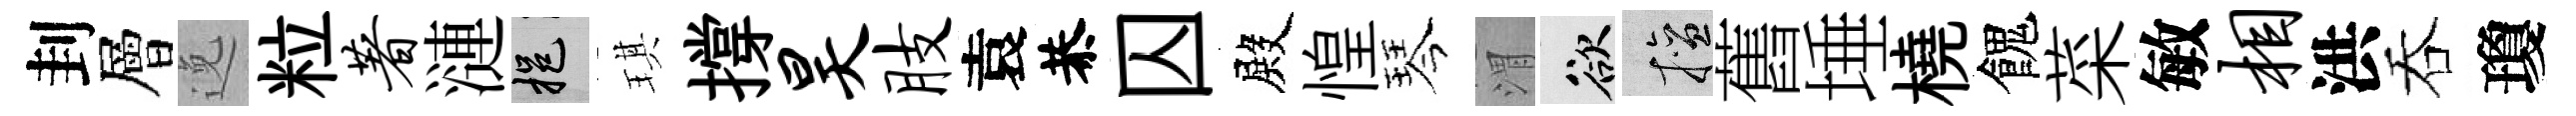
刲層𨓜粒著漣挹琪撐昊肢袁恭囚殿惶琴渭欲擅舊埵橈餽菜敏相洪吞瓊